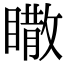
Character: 𥋌